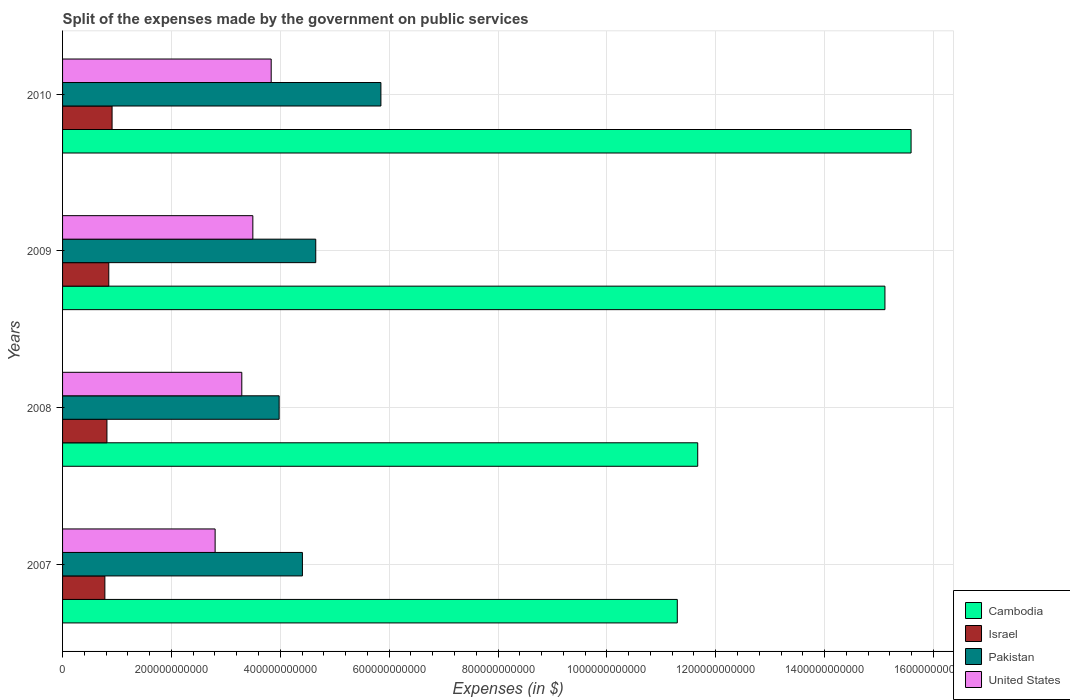
| Years | Cambodia | Israel | Pakistan | United States |
 | --- | --- | --- | --- | --- |
 | 2007 | 1.13e+12 | 7.77e+10 | 4.41e+11 | 2.8e+11 |
 | 2008 | 1.17e+12 | 8.15e+10 | 3.98e+11 | 3.29e+11 |
 | 2009 | 1.51e+12 | 8.49e+10 | 4.65e+11 | 3.5e+11 |
 | 2010 | 1.56e+12 | 9.1e+10 | 5.85e+11 | 3.83e+11 |